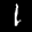
Label: 1